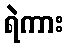
ရဲကား